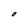
Character: O